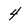
Character: 4